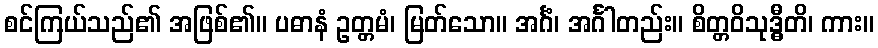
စင်ကြယ်သည်၏ အဖြစ်၏။ ပဓာနံ ဥတ္တမံ၊ မြတ်သော။ အင်္ဂံ၊ အင်္ဂါတည်း။ စိတ္တဝိသုဒ္ဓီတိ၊ ကား။